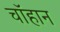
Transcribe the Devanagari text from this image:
चॉहान